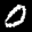
Label: 0